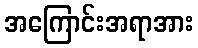
အကြောင်းအရာအား